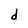
Character: d